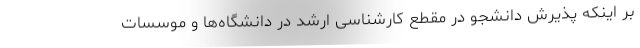
بر اینکه پذیرش دانشجو در مقطع کارشناسی ارشد در دانشگاه‌ها و موسسات